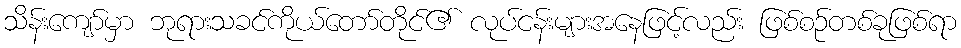
သိန်းကျော်မှာ ဘုရားသခင်ကိုယ်တော်တိုင်၏ လုပ်ငန်းများအနေဖြင့်လည်း ဖြစ်စဉ်တစ်ခုဖြစ်ရာ